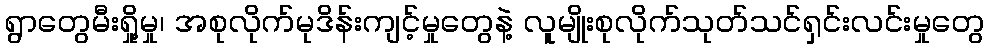
ရွာတွေမီးရှို့မှု၊ အစုလိုက်မုဒိန်းကျင့်မှုတွေနဲ့ လူမျိုးစုလိုက်သုတ်သင်ရှင်းလင်းမှုတွေ